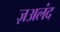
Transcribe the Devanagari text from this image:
ज़अलंद